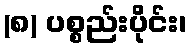
(၈) ပစ္စည်းပိုင်း၊